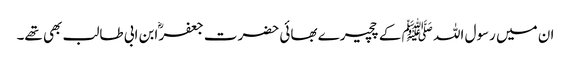
ان میں رسول اللہ ﷺ کے چچیرے بھائی حضرت جعفرؓ ابن ابی طالب بھی تھے۔